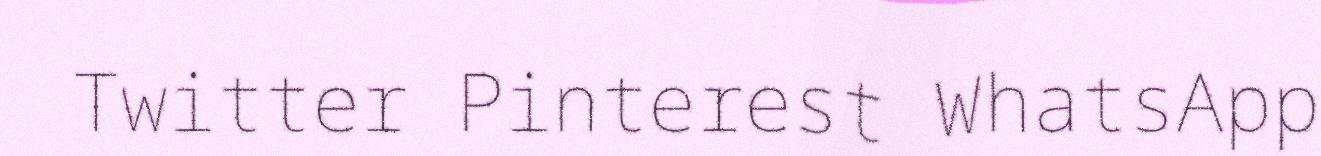
Twitter Pinterest WhatsApp